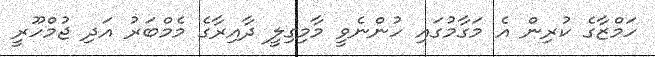
ހަމްޒާގެ ކުރިން އެ މަގާމުގައި ހުންނެވީ މާމިގިލީ ދާއިރާގެ މެމްބަރު އަދި ޖުމްހޫރީ